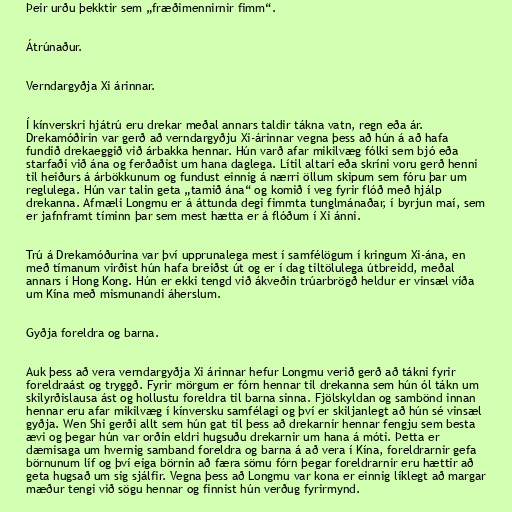
Þeir urðu þekktir sem „fræðimennirnir fimm“.

Átrúnaður.

Verndargyðja Xi árinnar.

Í kínverskri hjátrú eru drekar meðal annars taldir tákna vatn, regn eða ár.
Drekamóðirin var gerð að verndargyðju Xi-árinnar vegna þess að hún á að hafa
fundið drekaeggið við árbakka hennar. Hún varð afar mikilvæg fólki sem bjó eða
starfaði við ána og ferðaðist um hana daglega. Lítil altari eða skríni voru gerð henni
til heiðurs á árbökkunum og fundust einnig á nærri öllum skipum sem fóru þar um
reglulega. Hún var talin geta „tamið ána“ og komið í veg fyrir flóð með hjálp
drekanna. Afmæli Longmu er á áttunda degi fimmta tunglmánaðar, í byrjun maí, sem
er jafnframt tíminn þar sem mest hætta er á flóðum í Xi ánni.

Trú á Drekamóðurina var því upprunalega mest í samfélögum í kringum Xi-ána, en
með tímanum virðist hún hafa breiðst út og er í dag tiltölulega útbreidd, meðal
annars í Hong Kong. Hún er ekki tengd við ákveðin trúarbrögð heldur er vinsæl víða
um Kína með mismunandi áherslum.

Gyðja foreldra og barna.

Auk þess að vera verndargyðja Xi árinnar hefur Longmu verið gerð að tákni fyrir
foreldraást og tryggð. Fyrir mörgum er fórn hennar til drekanna sem hún ól tákn um
skilyrðislausa ást og hollustu foreldra til barna sinna. Fjölskyldan og sambönd innan
hennar eru afar mikilvæg í kínversku samfélagi og því er skiljanlegt að hún sé vinsæl
gyðja. Wen Shi gerði allt sem hún gat til þess að drekarnir hennar fengju sem besta
ævi og þegar hún var orðin eldri hugsuðu drekarnir um hana á móti. Þetta er
dæmisaga um hvernig samband foreldra og barna á að vera í Kína, foreldrarnir gefa
börnunum líf og því eiga börnin að færa sömu fórn þegar foreldrarnir eru hættir að
geta hugsað um sig sjálfir. Vegna þess að Longmu var kona er einnig líklegt að margar
mæður tengi við sögu hennar og finnist hún verðug fyrirmynd.